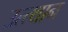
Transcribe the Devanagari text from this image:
उत्त्थान